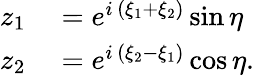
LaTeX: \begin{array}{rl}{z_{1}}&{{}=e^{i\, (\xi_{1}+\xi_{2})}\sin\eta}\\ {z_{2}}&{{}=e^{i\, (\xi_{2}-\xi_{1})}\cos\eta.}\end{array}